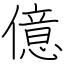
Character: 億